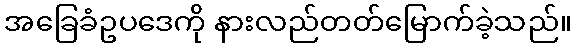
အခြေခံဥပဒေကို နားလည်တတ်မြောက်ခဲ့သည်။